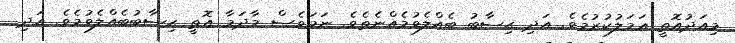
މިއަދުއޮތީ ޢަމަލުކުރުމެވެ. އަދި ޙިސާބު ބެއްލެވުމެއްނެތެވެ. ނަމަވެސް މާދަމާ އޮތީ ޙިސާބުބެއްލެވުމެވެ. އަދި